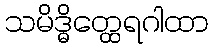
သမိဒ္ဓိတ္ထေရဂါထာ